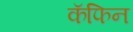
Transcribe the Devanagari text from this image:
कॅफिन